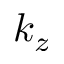
k _ { z }